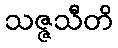
သဇ္ဇသီတိ